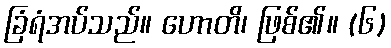
ခြံရံအပ်သည်။ ဟောတိ၊ ဖြစ်၏။ (၆)